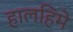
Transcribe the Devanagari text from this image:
हालहिमे